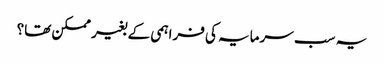
یہ سب سرمایہ کی فراہمی کے بغیر ممکن تھا؟